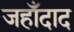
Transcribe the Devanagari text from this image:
जहाँदाद